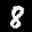
Label: 8